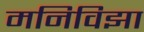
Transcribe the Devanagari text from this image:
मनिविझा